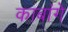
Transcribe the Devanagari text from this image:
काबांगे